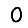
Digit: 0